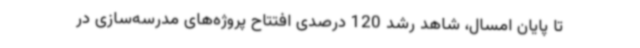
تا پایان امسال، شاهد رشد 120 درصدی افتتاح پروژه‌های مدرسه‌سازی در